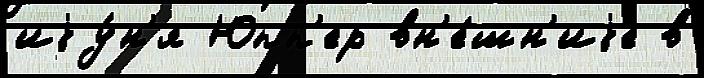
иjу́н'я Юпп'ер вн'е́шн'иjе в